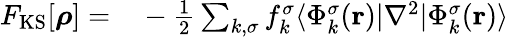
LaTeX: \begin{array}{rl}{F_{\mathrm{KS}}[{\boldsymbol\rho}]=}&{{}-\frac{1}{2}\sum_{k,\sigma}f_{k}^{\sigma}\langle\Phi_{k}^{\sigma}({\mathbf r})\vert\nabla^{2}\vert\Phi_{k}^{\sigma}({\mathbf r})\rangle}\end{array}